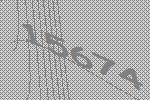
15674